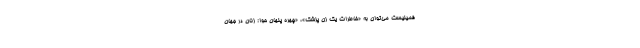
فمینیست می‌توان به «خاطرات یک زن پزشک»، «چهره پنهان حوا: زنان در جهان